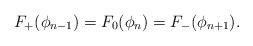
LaTeX: \begin{align*} F_+(\phi_{n-1}) = F_0(\phi_n) = F_-(\phi_{n+1}) \rlap{.}\end{align*}